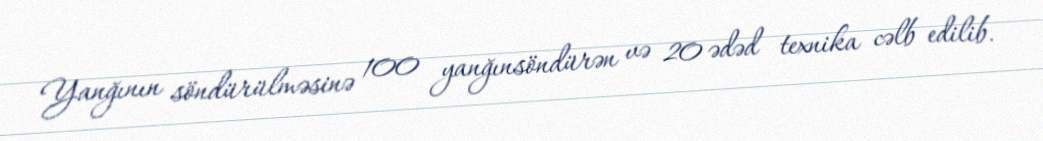
Yanğının söndürülməsinə 100 yanğınsöndürən və 20 ədəd texnika cəlb edilib.